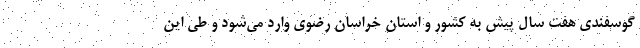
گوسفندی هفت سال پیش به کشور و استان خراسان رضوی وارد می‌شود و طی این